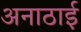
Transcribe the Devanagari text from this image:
अनाठाई